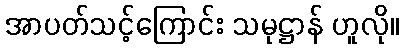
အာပတ်သင့်ကြောင်း သမုဋ္ဌာန် ဟူလို။